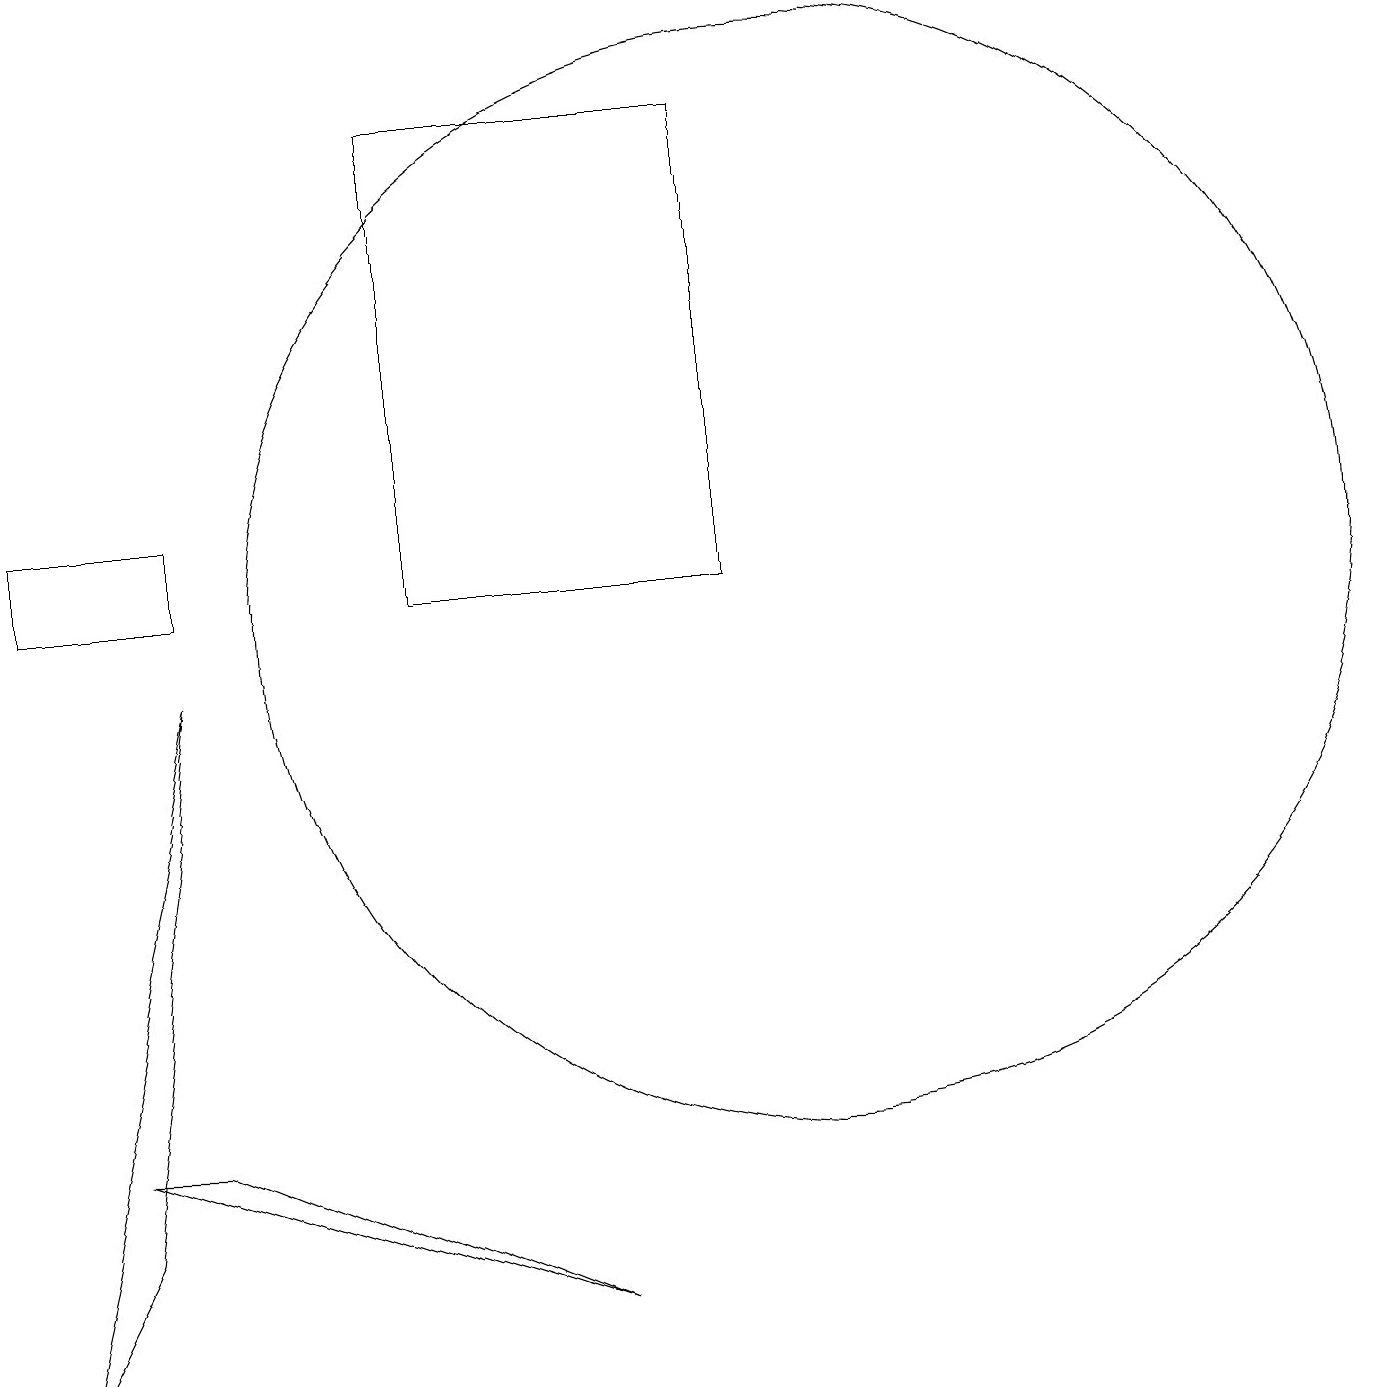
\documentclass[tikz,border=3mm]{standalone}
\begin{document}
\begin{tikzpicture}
\draw (9,10) rectangle (5,16);
\draw (2,10) rectangle (0,11);
\draw (2,3) -- (1,3) -- (7,1) -- cycle;
\draw (0,0) -- (1,2) -- (2,9) -- cycle;
\draw (10,10) circle (7);
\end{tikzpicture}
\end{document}